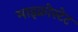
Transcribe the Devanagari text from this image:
माइक्रोस्टेट